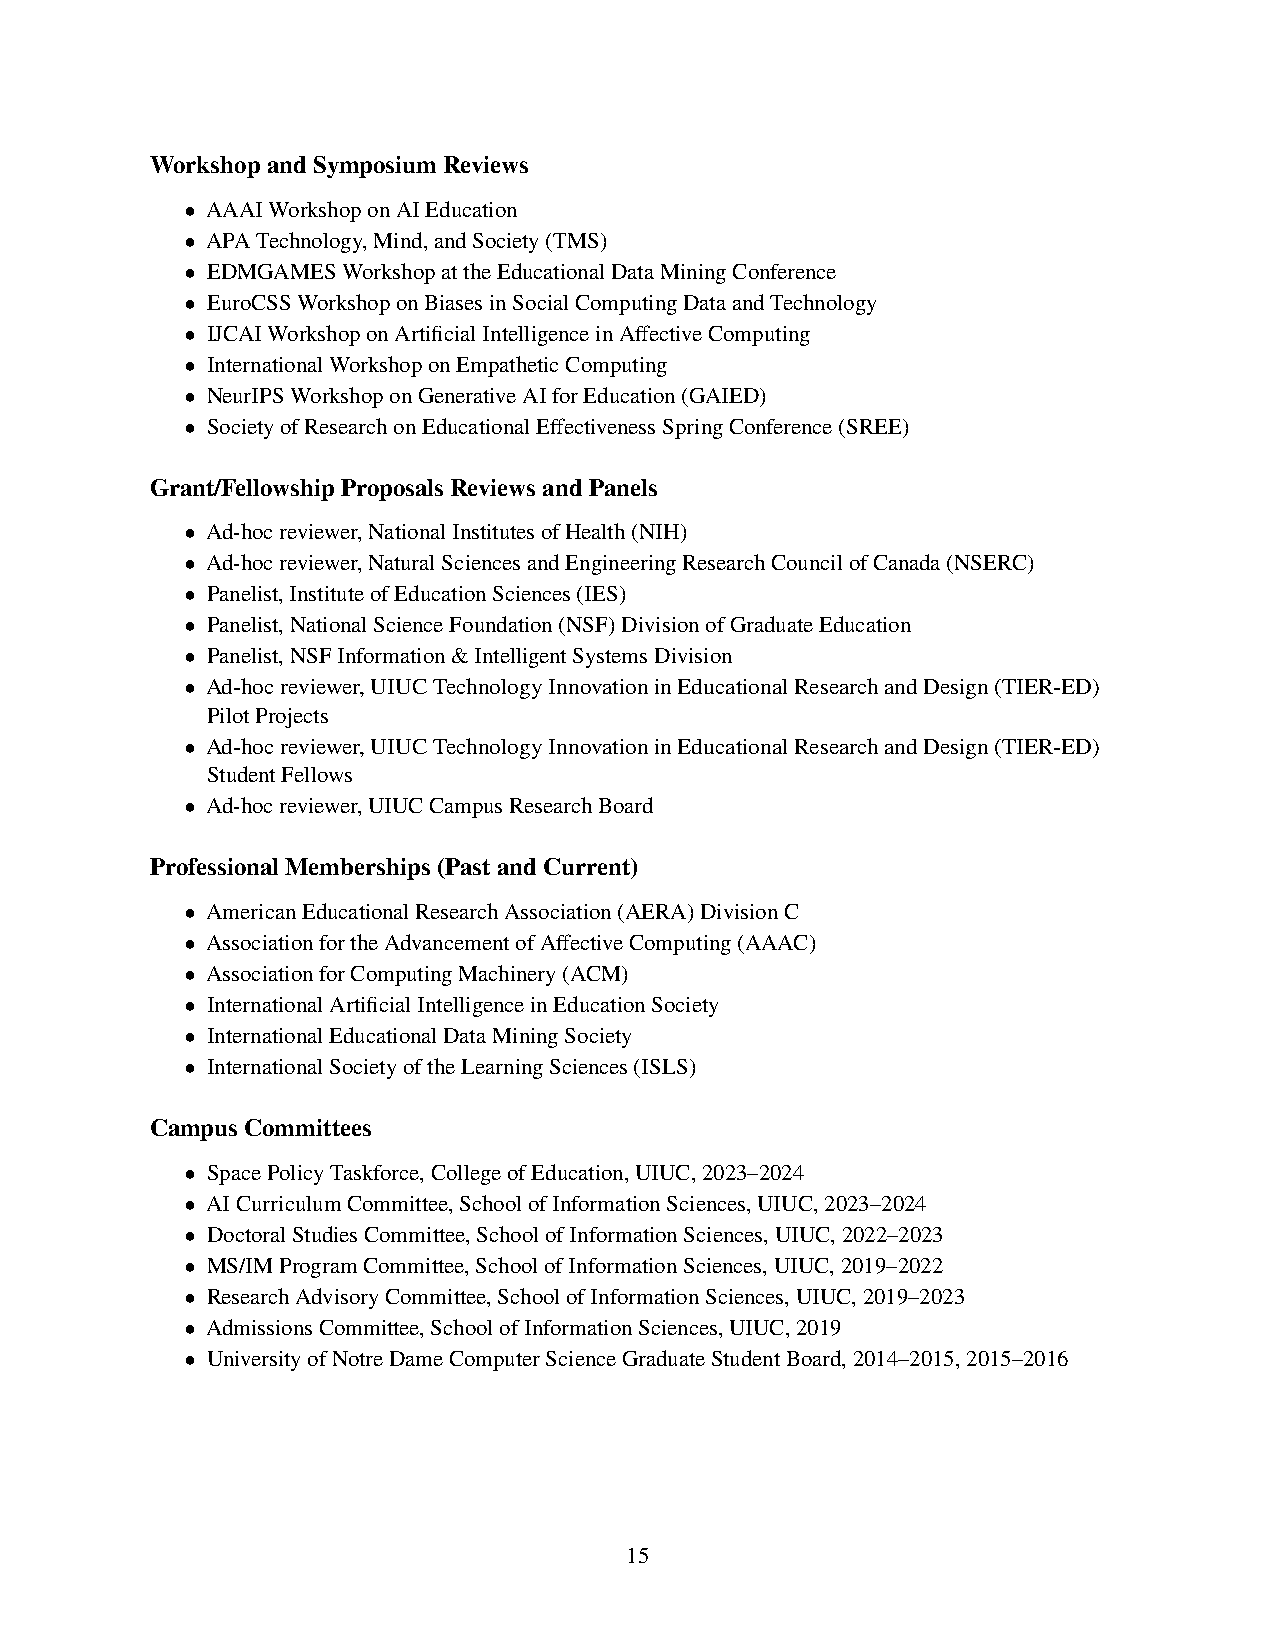
WorkshopandSymposiumReviews
 • AAAIWorkshoponAIEducation
 • APATechnology,Mind,andSociety(TMS)
 • EDMGAMESWorkshopattheEducationalDataMiningConference
 • EuroCSSWorkshoponBiasesinSocialComputingDataandTechnology
 • IJCAIWorkshoponArtificialIntelligenceinAffectiveComputing
 • InternationalWorkshoponEmpatheticComputing
 • NeurIPSWorkshoponGenerativeAIforEducation(GAIED)
 • SocietyofResearchonEducationalEffectivenessSpringConference(SREE)
 Grant/FellowshipProposalsReviewsandPanels
 • Ad-hocreviewer,NationalInstitutesofHealth(NIH)
 • Ad-hocreviewer,NaturalSciencesandEngineeringResearchCouncilofCanada(NSERC)
 • Panelist,InstituteofEducationSciences(IES)
 • Panelist,NationalScienceFoundation(NSF)DivisionofGraduateEducation
 • Panelist,NSFInformation&IntelligentSystemsDivision
 • Ad-hocreviewer,UIUCTechnologyInnovationinEducationalResearchandDesign(TIER-ED)
 PilotProjects
 • Ad-hocreviewer,UIUCTechnologyInnovationinEducationalResearchandDesign(TIER-ED)
 StudentFellows
 • Ad-hocreviewer,UIUCCampusResearchBoard
 ProfessionalMemberships(PastandCurrent)
 • AmericanEducationalResearchAssociation(AERA)DivisionC
 • AssociationfortheAdvancementofAffectiveComputing(AAAC)
 • AssociationforComputingMachinery(ACM)
 • InternationalArtificialIntelligenceinEducationSociety
 • InternationalEducationalDataMiningSociety
 • InternationalSocietyoftheLearningSciences(ISLS)
 CampusCommittees
 • SpacePolicyTaskforce,CollegeofEducation,UIUC,2023–2024
 • AICurriculumCommittee,SchoolofInformationSciences,UIUC,2023–2024
 • DoctoralStudiesCommittee,SchoolofInformationSciences,UIUC,2022–2023
 • MS/IMProgramCommittee,SchoolofInformationSciences,UIUC,2019–2022
 • ResearchAdvisoryCommittee,SchoolofInformationSciences,UIUC,2019–2023
 • AdmissionsCommittee,SchoolofInformationSciences,UIUC,2019
 • UniversityofNotreDameComputerScienceGraduateStudentBoard,2014–2015,2015–2016
 15